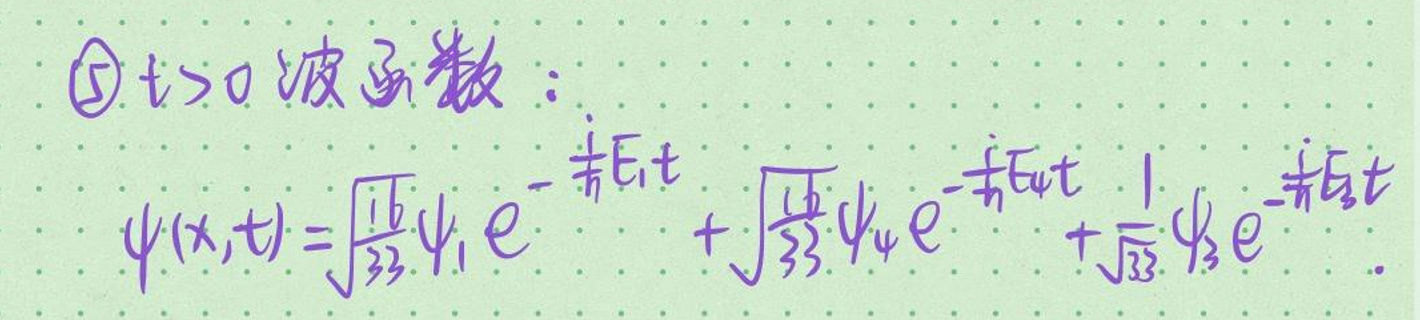
\(\textcircled{5}  t>0  \)波函数：

\(\psi(x,t)=\sqrt{\frac{16}{33}}\psi_1e^{-\frac{i}{\hbar}Et}+\sqrt{\frac{4}{33}}\psi_4e^{+\frac{i}{\hbar}Et}+\sqrt{\frac{1}{33}}\psi_9e^{-\frac{i}{\hbar}Et}\)